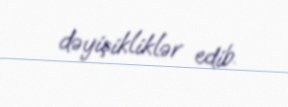
dəyişikliklər edib.